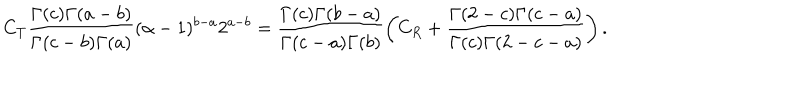
C _ { T } \frac { \Gamma ( c ) \Gamma ( a - b ) } { \Gamma ( c - b ) \Gamma ( a ) } ( \alpha - 1 ) ^ { b - a } 2 ^ { a - b } = \frac { \Gamma ( c ) \Gamma ( b - a ) } { \Gamma ( c - a ) \Gamma ( b ) } \left( C _ { R } + \frac { \Gamma ( 2 - c ) \Gamma ( c - a ) } { \Gamma ( c ) \Gamma ( 2 - c - a ) } \right) .